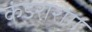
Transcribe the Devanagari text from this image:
कंडरारोग